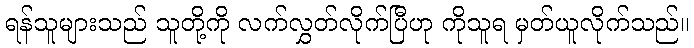
ရန်သူများသည် သူတို့ကို လက်လွှတ်လိုက်ပြီဟု ကိုသူရ မှတ်ယူလိုက်သည်။